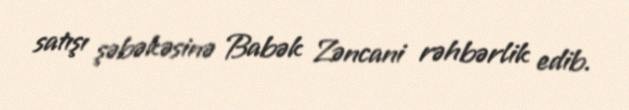
satışı şəbəkəsinə Babək Zəncani rəhbərlik edib.